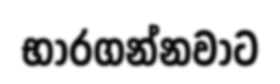
භාරගන්නවාට